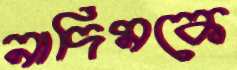
নাদিমকে